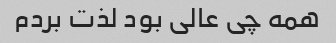
همه چی عالی بود لذت بردم